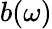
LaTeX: b(\omega)